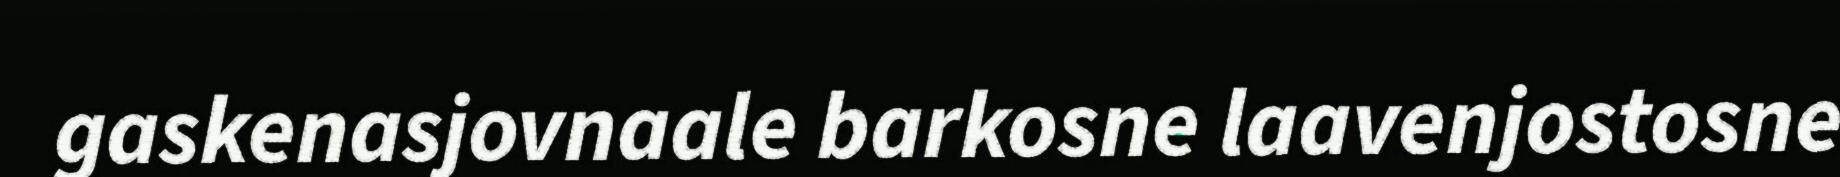
gaskenasjovnaale barkosne laavenjostosne